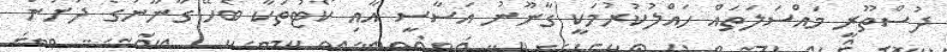
ދުސްތޫރީ މައްސަލަތައް ހައްލުކުރުމަކީ ގާނޫނު އަސާސީ އާއި ކޯޓުތަކާ ބެހޭ ގާނޫނުގެ ދަށުން